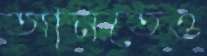
আনতেও